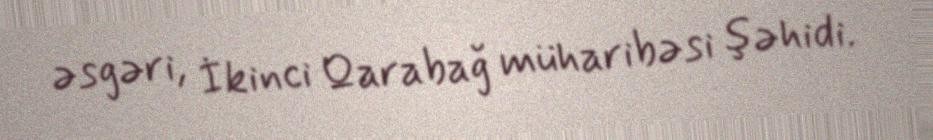
əsgəri, İkinci Qarabağ müharibəsi şəhidi.